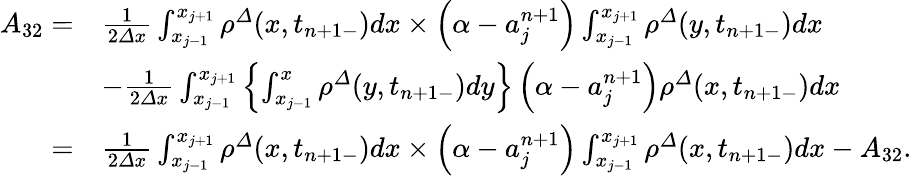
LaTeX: \begin{array}{rl}{A_{32}=}&{\frac 1{2{\varDelta}x}\int_{x_{j-1}}^{x_{j+1}}{\rho}^{\varDelta}(x,t_{n+1-})dx\times\left(\alpha-a_{j}^{n+1}\right)\int_{x_{j-1}}^{x_{j+1}}{\rho}^{\varDelta}(y,t_{n+1-})dx}\\ &{-\frac 1{2{\varDelta}x}\int_{x_{j-1}}^{x_{j+1}}\left\{ \int_{x_{j-1}}^{x}{\rho}^{\varDelta}(y,t_{n+1-})dy\right\} \left(\alpha-a_{j}^{n+1}\right){\rho}^{\varDelta}(x,t_{n+1-})dx}\\ {=}&{\frac 1{2{\varDelta}x}\int_{x_{j-1}}^{x_{j+1}}{\rho}^{\varDelta}(x,t_{n+1-})dx\times\left(\alpha-a_{j}^{n+1}\right)\int_{x_{j-1}}^{x_{j+1}}{\rho}^{\varDelta}(x,t_{n+1-})dx-A_{32}.}\end{array}